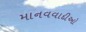
માનવવાદીઓ